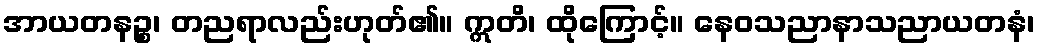
အာယတနဉ္စ၊ တညရာလည်းဟုတ်၏။ ဣတိ၊ ထိုကြောင့်။ နေဝသညာနာသညာယတနံ၊